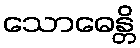
သောဓေန္တိ